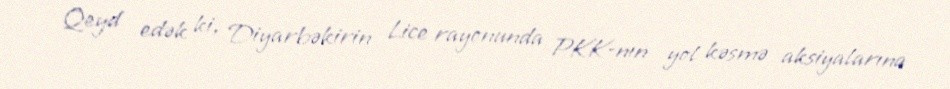
Qeyd edək ki, Diyarbəkirin Lice rayonunda PKK-nın yol kəsmə aksiyalarına